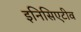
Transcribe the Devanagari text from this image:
इनिसिएटीव